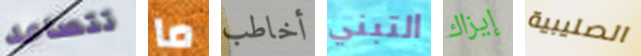
تتصاعد ما أخاطب التبني إيزاك الصليبية